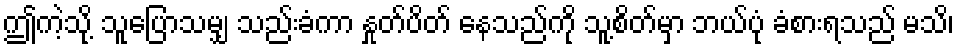
ဤကဲ့သို့ သူပြောသမျှ သည်းခံကာ နှုတ်ပိတ် နေသည်ကို သူ့စိတ်မှာ ဘယ်ပုံ ခံစားရသည် မသိ၊